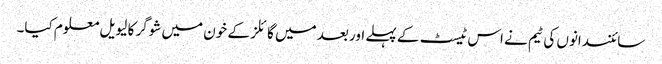
سائنسدانوں کی ٹیم نے اس ٹیسٹ کے پہلے اور بعد میں گائلز کے خون میں شوگر کا لیویل معلوم کیا۔